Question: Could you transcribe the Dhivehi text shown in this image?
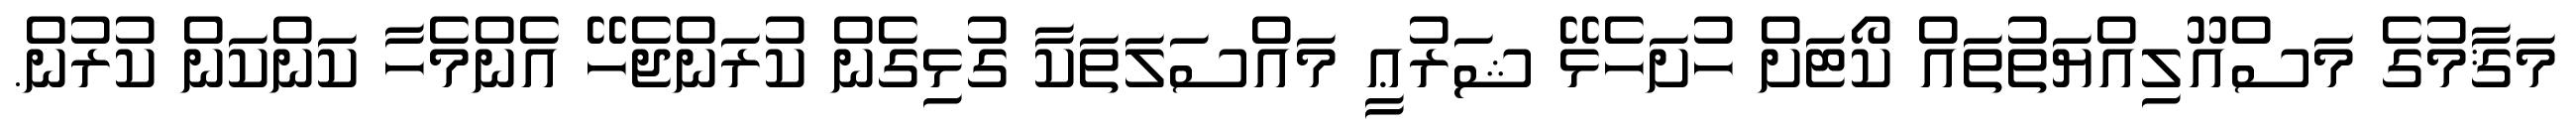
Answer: މަޤާމުގެ މަސްއޫލިއްޔަތުތައް ކޯޓަށް ހުށަހެޅޭ ޝަރުޢީ މައްސަލަތަކާ ގުޅިގެން ކުރަންޖެހޭ އެންމެހާ ކަންކަން ކުރުން.